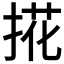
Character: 𢯘